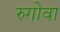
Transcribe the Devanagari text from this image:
रुगोवा